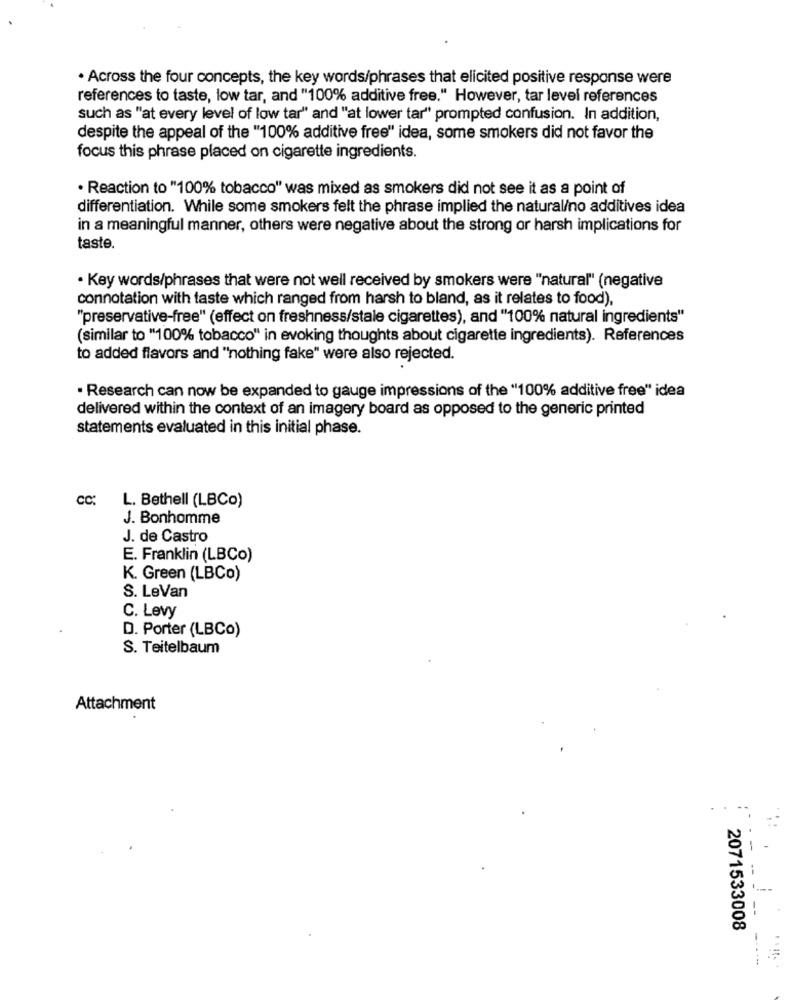
. Across the four concepts, the key words/phrases that elicited positive response were
references to taste, low tar, and "100% additive free." However, tar level references
such as "at every level of low tar" and "at lower tar" prompted confusion. In addition,
despite the appeal of the "100% additive free" idea, some smokers did not favor the
focus this phrase placed on cigarette ingredients.
· Reaction to "100% tobacco" was mixed as smokers did not see it as a point of
differentiation. While some smokers felt the phrase implied the natural/no additives idea
in a meaningful manner, others were negative about the strong or harsh implications for
taste.
. Key words/phrases that were not well received by smokers were "natural" (negative
connotation with taste which ranged from harsh to bland, as it relates to food),
"preservative-free" (effect on freshness/stale cigarettes), and "100% natural ingredients"
(similar to "100% tobacco" in evoking thoughts about cigarette ingredients). References
to added flavors and "nothing fake" were also rejected.
· Research can now be expanded to gauge impressions of the "100% additive free" idea
delivered within the context of an imagery board as opposed to the generic printed
statements evaluated in this initial phase.
cc:
L. Bethell (LBCo)
J. Bonhomme
J. de Castro
E. Franklin (LBCo)
K. Green (LBCo)
S. LeVan
C. Levy
D. Porter (LBCo)
S. Teitelbaum
Attachment
2071533008